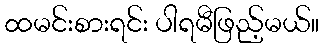
ထမင်းစားရင်း ပါရမီဖြည့်မယ်။